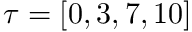
\tau = [ 0 , 3 , 7 , 1 0 ]